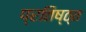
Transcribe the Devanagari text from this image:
प्रतिष्ठ्त